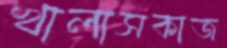
খালাসকাজ